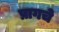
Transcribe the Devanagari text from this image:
प्रागचे